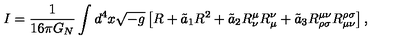
I = \frac { 1 } { 1 6 \pi G _ { N } } \int d ^ { 4 } x \sqrt { - g } \left[ R + \tilde { a } _ { 1 } R ^ { 2 } + \tilde { a } _ { 2 } R _ { \nu } ^ { \mu } R _ { \mu } ^ { \nu } + \tilde { a } _ { 3 } R _ { \rho \sigma } ^ { \mu \nu } R _ { \mu \nu } ^ { \rho \sigma } \right] ,